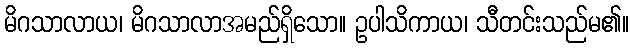
မိဂသာလာယ၊ မိဂသာလာအမည်ရှိသော။ ဥပါသိကာယ၊ သီတင်းသည်မ၏။